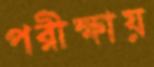
পরীক্ষায়